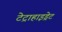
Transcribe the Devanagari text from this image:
टेट्राहाइड्रेट